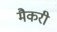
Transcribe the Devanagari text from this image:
मैकरी